Source: Handwritten
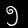
Digit: ၅ (5)